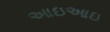
આઇઆઇ